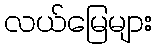
လယ်မြေများ